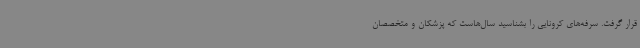
قرار گرفت. سرفه‌های کرونایی را بشناسید سال‌هاست که پزشکان و متخصصان